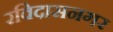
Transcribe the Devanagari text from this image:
रविदासनगर